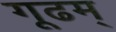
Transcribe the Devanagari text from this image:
गूढम्